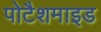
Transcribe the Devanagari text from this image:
पोटैशमाइड